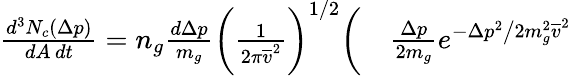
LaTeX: \begin{array}{rl}{\frac{d^{3}N_{c}(\Delta p)}{dA\, dt}=n_{g}\frac{d\Delta p}{m_{g}}\bigg(\frac{1}{2\pi\overline{{v}}^{2}}\bigg)^{1/2}\bigg(}&{{}\frac{\Delta p}{2m_{g}}e^{-\Delta p^{2}\big/2m_{g}^{2}\overline{{v}}^{2}}}\end{array}